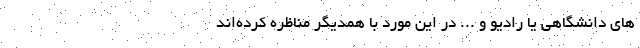
های دانشگاهی یا رادیو و ... در این مورد با همدیگر مناظره کرده‌اند